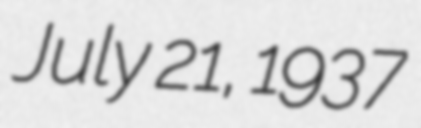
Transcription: July 21, 1937